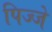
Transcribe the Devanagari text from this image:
पिज्जे